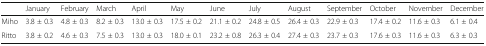
<table><thead><tr><td></td><td><b>January</b></td><td><b>February</b></td><td><b>March</b></td><td><b>April</b></td><td><b>May</b></td><td><b>June</b></td><td><b>July</b></td><td><b>August</b></td><td><b>September</b></td><td><b>October</b></td><td><b>November</b></td><td><b>December</b></td></tr></thead><tbody><tr><td>Miho</td><td>3.8 ± 0.3</td><td>4.8 ± 0.3</td><td>8.2 ± 0.3</td><td>13.0 ± 0.3</td><td>17.5 ± 0.2</td><td>21.1 ± 0.2</td><td>24.8 ± 0.5</td><td>26.4 ± 0.3</td><td>22.9 ± 0.3</td><td>17.4 ± 0.2</td><td>11.6 ± 0.3</td><td>6.1 ± 0.4</td></tr><tr><td>Ritto</td><td>3.8 ± 0.2</td><td>4.6 ± 0.3</td><td>7.5 ± 0.3</td><td>13.0 ± 0.3</td><td>18.0 ± 0.1</td><td>23.2 ± 0.8</td><td>26.3 ± 0.4</td><td>27.4 ± 0.3</td><td>23.7 ± 0.3</td><td>17.6 ± 0.3</td><td>11.6 ± 0.3</td><td>6.3 ± 0.3</td></tr></tbody></table>